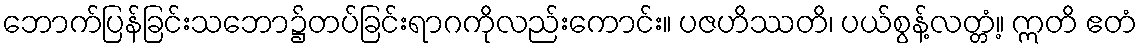
ဘောက်ပြန်ခြင်းသဘော၌တပ်ခြင်းရာဂကိုလည်းကောင်း။ ပဇဟိဿတိ၊ ပယ်စွန့်လတ္တံ့။ ဣတိ ဧတံ